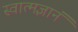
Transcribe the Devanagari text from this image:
स्वात्मज्ञानं